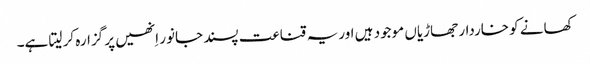
کھانے کو خاردار جھاڑیاں موجود ہیں اوریہ قناعت پسند جانور اِنھیں پر گزارہ کر لیتا ہے۔